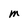
Character: M